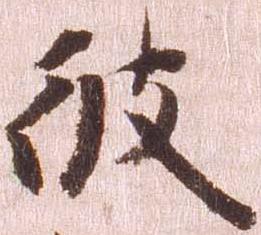
彼